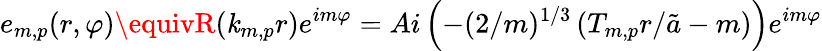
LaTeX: e_{m,p}(r,\varphi)\equivR(\mathit{k}_{m,p}r)e^{im\varphi}=Ai\left(-(2/m)^{1/3}\left(T_{m,p}r/\tilde{{a}}-m\right)\right)e^{im\varphi}